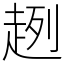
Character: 趔